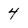
Character: 4